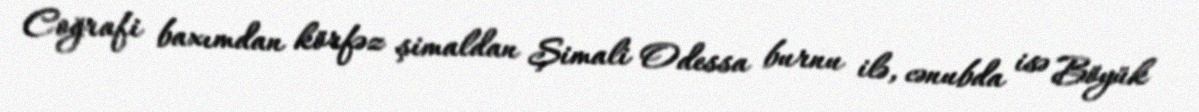
Coğrafi baxımdan körfəz şimaldan Şimali Odessa burnu ilə, cənubda isə Böyük